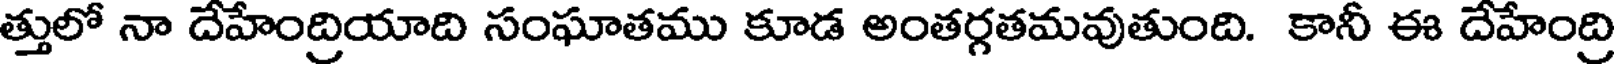
త్తులో నా దేహేంద్రియాది సంఘాతము కూడ అంతర్గతమవుతుంది. కానీ ఈ దేహేంద్రి